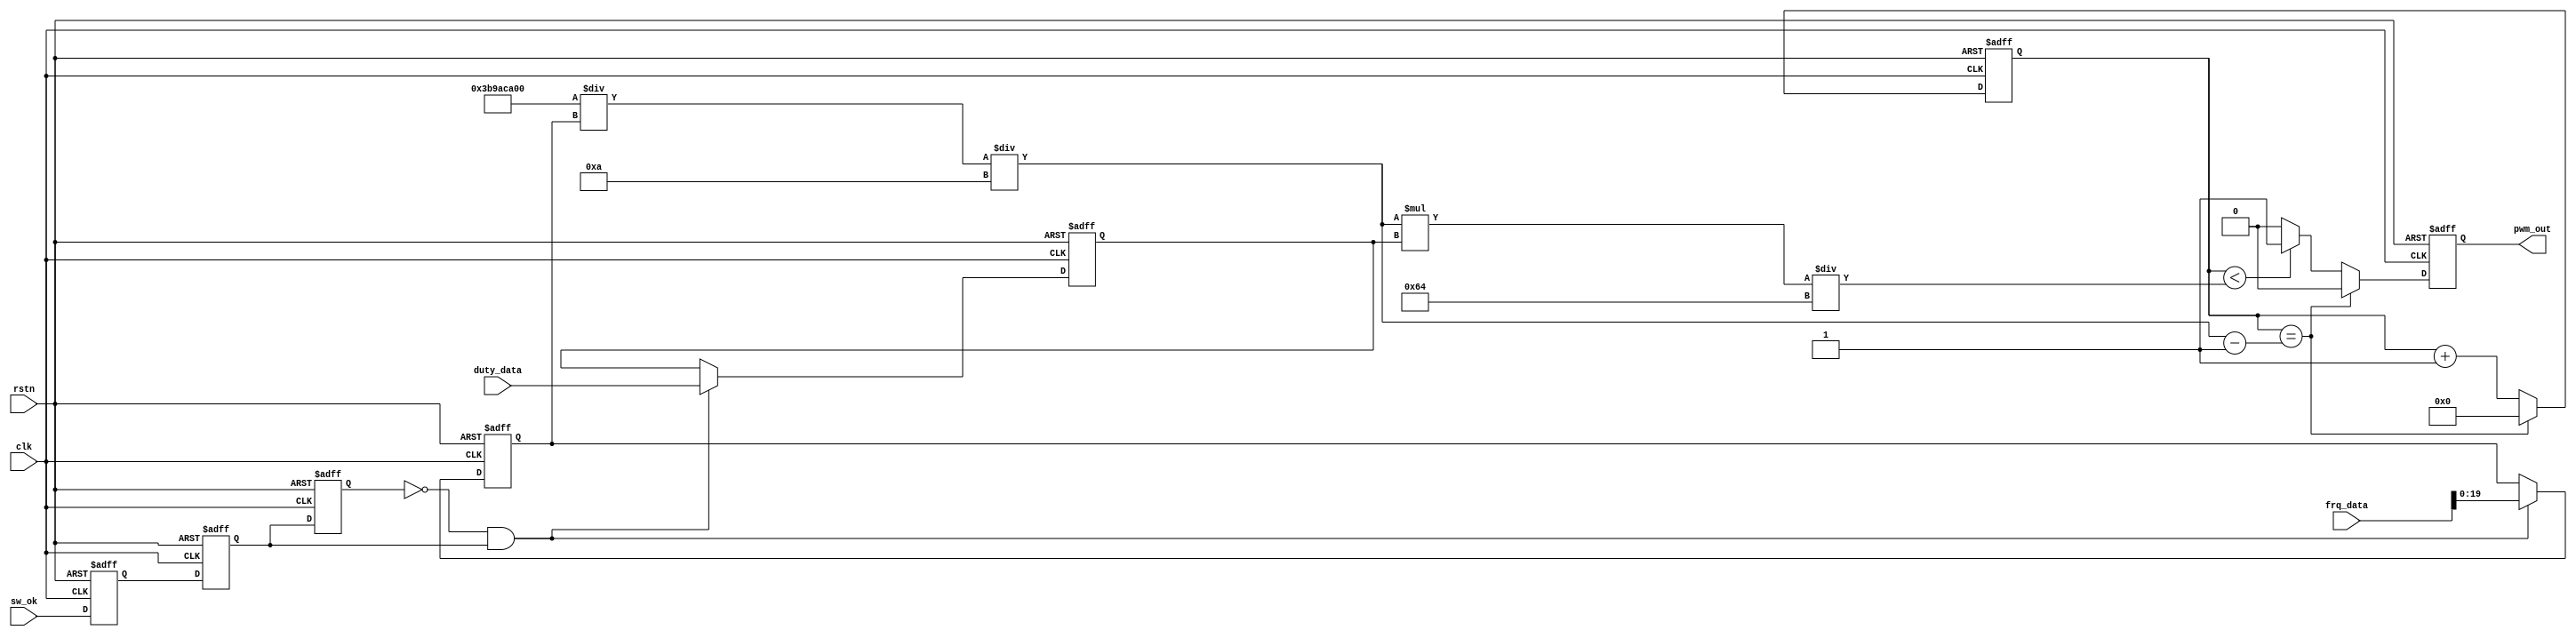
`timescale 1ns/1ns



module pwm (
    input clk,
    input rstn,
    input  sw_ok,
    input wire  [31:0] frq_data,
    input wire  [19:0] duty_data,
    output reg pwm_out);
  
wire sw_ok1;
reg [19:0] frq_cnt,duty_cnt;
reg ok_md_dly0,ok_md_dly1,ok_md_dly2;

always @(posedge clk or negedge rstn )
    if( ~rstn) begin
        ok_md_dly0 <= 1'b0;
        ok_md_dly1 <= 1'b0;
        ok_md_dly2 <= 1'b0;
     end
     else begin
        ok_md_dly0 <= sw_ok;
        ok_md_dly1 <= ok_md_dly0;
        ok_md_dly2 <= ok_md_dly1;
     end
assign sw_ok1 = !ok_md_dly2 && ok_md_dly1;

always @(posedge clk or negedge rstn )
    if( ~rstn) begin
         duty_cnt <=  20'd50;
         frq_cnt <=32'd200000;
    end
    else if ( sw_ok1 )begin
         duty_cnt <=  duty_data;
         frq_cnt <= frq_data;
    end

//                                               clk_frq
wire [31:0] max_cnt = $unsigned($unsigned(32'd1000_000_000/frq_cnt)/10);  //frequency cnt
wire [31:0] max_high = $unsigned($unsigned(max_cnt*duty_cnt)/100);         //empty cnt

reg [31:0] cnt11;
always @(posedge clk or negedge rstn )
    if( ~rstn) begin
       pwm_out <= 1'b0;
       cnt11 <= 32'b0;end
    else if ( cnt11 == max_cnt -1 )begin
       pwm_out <= 1'b0;
       cnt11 <= 32'b0;end
    else if ( cnt11 < max_high)begin
       pwm_out <= 1'b1;
       cnt11 <= cnt11+1'b1;end
    else begin
       pwm_out <= 1'b0;
       cnt11 <= cnt11+1'b1;end
      

endmodule